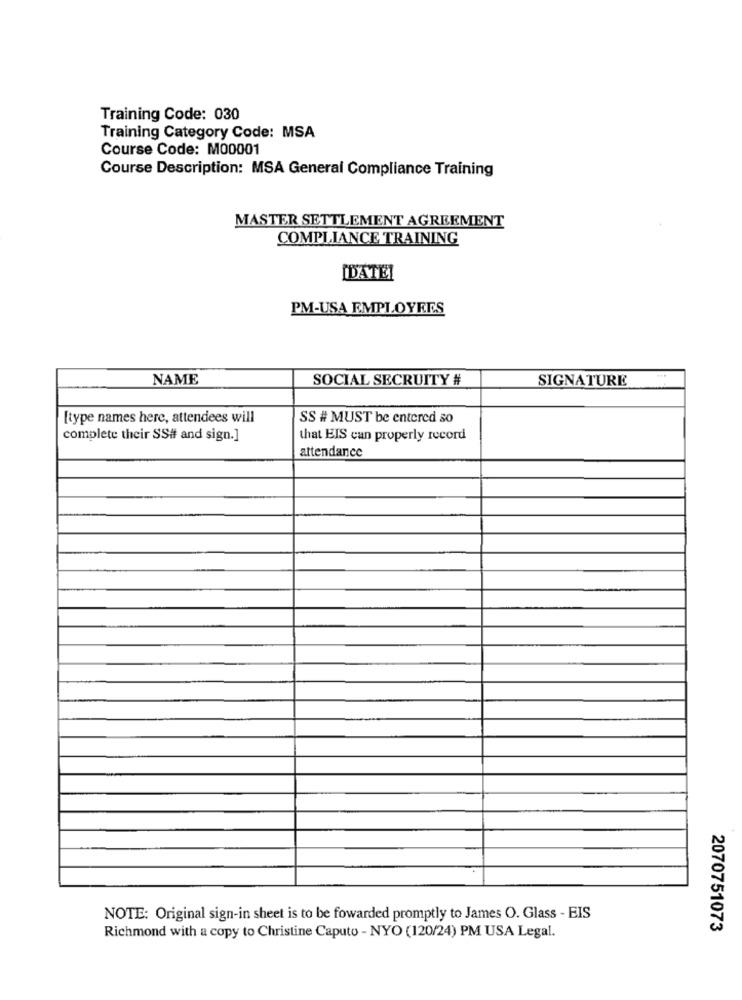
Training Code: 030
Training Category Code: MSA
Course Code: M00001
Course Description: MSA General Compliance Training
MASTER SETTLEMENT AGREEMENT
COMPLIANCE TRAINING
[DATE]
PM-USA EMPLOYEES
NAME
SOCIAL SECRUITY #
SIGNATURE
[type names here, attendees will
SS # MUST be entered so
complete their SS# and sign.]
that EIS can properly record
attendance
NOTE: Original sign-in sheet is to be fowarded promptly to James O. Glass - EIS
2070751073
Richmond with a copy to Christine Caputo - NYO (120/24) PM USA Legal.